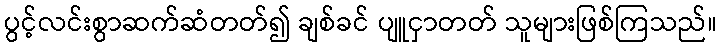
ပွင့်လင်းစွာဆက်ဆံတတ်၍ ချစ်ခင် ပျူငှာတတ် သူများဖြစ်ကြသည်။